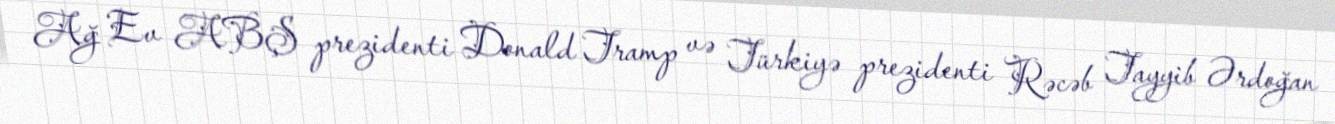
Ağ Ev ABŞ prezidenti Donald Tramp və Türkiyə prezidenti Rəcəb Tayyib Ərdoğan